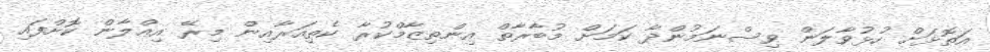
އަތޮޅަށް ހުޅުވާލަން ވިސްނަމުންދާ ކަމަށް މުބާރާތް އިންތިޒާމްކުރާ ކެތިއަރާއިން މިރޭ އިޢްލާން ކޮށްފައި